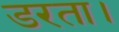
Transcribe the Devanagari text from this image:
डरता।